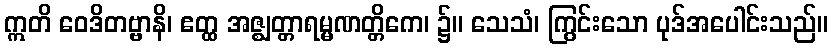
ဣတိ ဝေဒိတဗ္ဗာနိ၊ ဧတ္ထ အဇ္ဈတ္တာရမ္မဏတ္တိကေ၊ ၌။ သေသံ၊ ကြွင်းသော ပုဒ်အပေါင်းသည်။